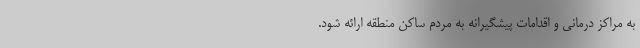
به مراکز درمانی و اقدامات پیشگیرانه به مردم ساکن منطقه ارائه شود.